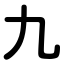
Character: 九